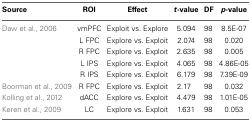
| Source | ROI | Effect | t-value | DF | p-value |
 | --- | --- | --- | --- | --- | --- |
 | Daw et al., 2006 | vmPFC | Exploit vs. Explore | 5.094 | 98 | 8.5E-07 |
 |  | L FPC | Explore vs. Exploit | 2.074 | 98 | 0.020 |
 |  | R FPC | Explore vs. Exploit | 2.635 | 98 | 0.005 |
 |  | L IPS | Explore vs. Exploit | 4.065 | 98 | 4.86E-05 |
 |  | R IPS | Explore vs. Exploit | 6.179 | 98 | 7.39E-09 |
 | Boorman et al., 2009 | R FPC | Explore vs. Exploit | 2.17 | 98 | 0.032 |
 | Kolling et al., 2012 | dACC | Explore vs. Exploit | 4.479 | 98 | 1.01E-05 |
 | Keren et al., 2009 | LC | Explore vs. Exploit | 1.631 | 98 | 0.053 |